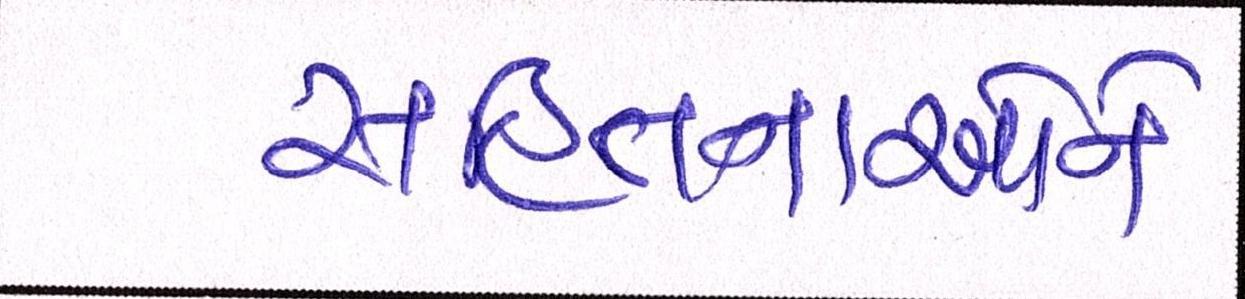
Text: સહિતનાઓને